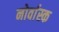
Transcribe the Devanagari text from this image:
नोर्वास्क